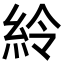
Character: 紷